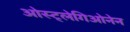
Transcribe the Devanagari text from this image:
ओस्ट्लेगिओनेन